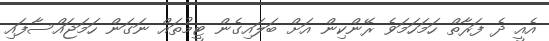
އެއީ ދެ ފަރާތް ހަމަހަމަވެ ރޭންކިން އަށް ބަލައިގެން ޓީމުތައް ނަގަން ހަމަޖައްސާފައި